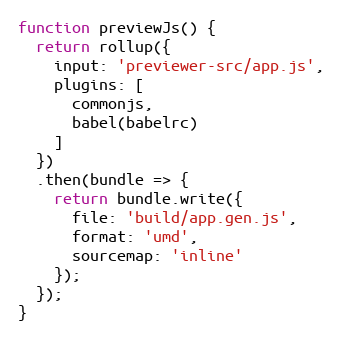
Language: JavaScript
function previewJs() {
  return rollup({
    input: 'previewer-src/app.js',
    plugins: [
      commonjs,
      babel(babelrc)
    ]
  })
  .then(bundle => {
    return bundle.write({
      file: 'build/app.gen.js',
      format: 'umd',
      sourcemap: 'inline'
    });
  });
}